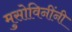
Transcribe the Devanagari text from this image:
मुसोविनींनी